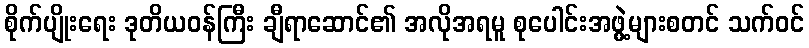
စိုက်ပျိုးရေး ဒုတိယဝန်ကြီး ချီရာဆောင်၏ အလိုအရမူ စုပေါင်းအဖွဲ့များစတင် သက်ဝင်